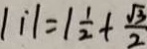
\vert i \vert = 1 \frac { 1 } { 2 } + \frac { \sqrt { 3 } } { 2 }